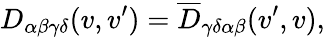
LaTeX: D_{\alpha\beta\gamma\delta}(v,v^{\prime})=\overline{{{D}}}_{\gamma\delta\alpha\beta}(v^{\prime},v),